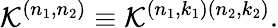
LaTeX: {\cal K}^{\left(n_{1},n_{2}\right)}\equiv{\cal K}^{\left(n_{1},k_{1}\right)\left(n_{2},k_{2}\right)}.